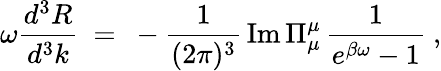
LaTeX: \omega{\frac{d^{3}R}{d^{3}k}}\ =\ -{\frac{1}{(2\pi)^{3}}}\, \mathrm{Im}\, \Pi_{\mu}^{\mu}\, {\frac{1}{e^{\beta\omega}-1}}\ ,